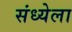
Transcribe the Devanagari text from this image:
संध्येला